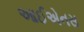
આઈએનસ